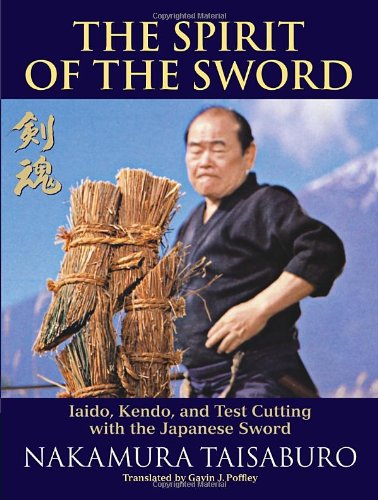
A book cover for The Spirit of the Sword: Iaido, Kendo, and Test Cutting with the Japanese Sword; Nakamura Taisaburo; Sports & Outdoors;